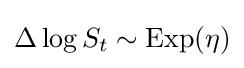
\Delta \log S_{t}\sim {\text{Exp}}(\eta )